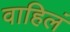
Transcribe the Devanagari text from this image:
वाहिलं